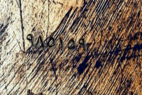
٩٨٥١٥٩